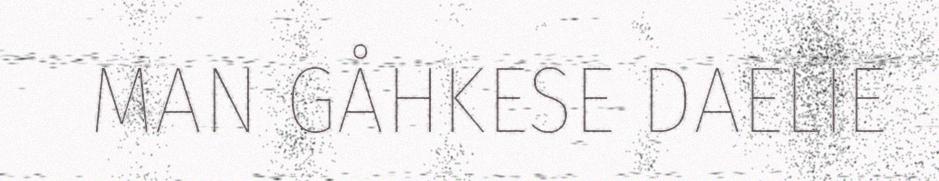
MAN GÅHKESE DAELIE